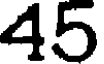
45